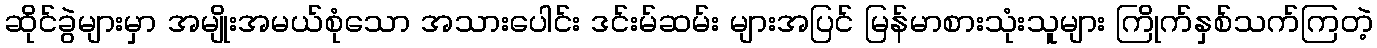
ဆိုင်ခွဲများမှာ အမျိုးအမယ်စုံသော အသားပေါင်း ဒင်းမ်ဆမ်း များအပြင် မြန်မာစားသုံးသူများ ကြိုက်နှစ်သက်ကြတဲ့